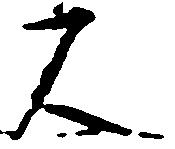
人